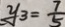
y _ { 3 } = \frac { 7 } { 5 }